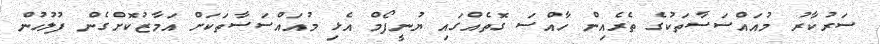
ސަރުކާރު މުއައްސަސާތަކުގެ ތެރެއިން ހާއްސަ ގޮތެއްގައި ޔުނީފޯމް އެޅި މުއައްސަސާތަކަށް އަމާޒުކޮށްގެން ފުލުހުން